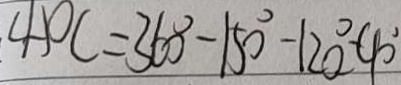
\angle A O C = 3 6 0 ^ { \circ } - 1 5 0 ^ { \circ } - 1 2 0 ^ { \circ } - 9 0 ^ { \circ }